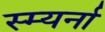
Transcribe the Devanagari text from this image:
स्म्यर्ना